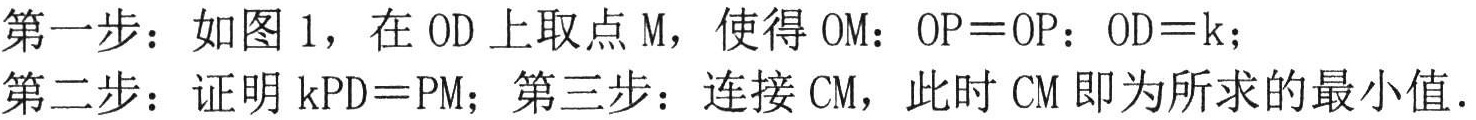
第一步：如图 1，在 \(OD\) 上取点 \(M\)，使得 \(OM:OP = OP:OD=k\)；

第二步：证明 \(kPD = PM\)；第三步：连接 \(CM\)，此时 \(CM\) 即为所求的最小值.